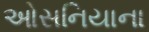
ઓસનિયાના